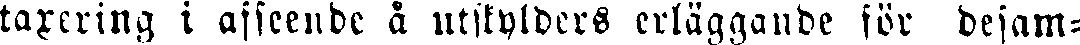
taxering i afseende å utskylders erläggande för desam-